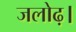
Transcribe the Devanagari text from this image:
जलोढ़।